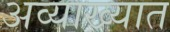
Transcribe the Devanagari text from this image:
अव्याख्यात